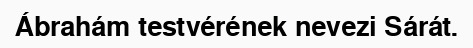
Ábrahám testvérének nevezi Sárát.